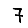
Digit: 7